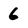
Character: 6